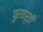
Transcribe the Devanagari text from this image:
पुरावर्ती